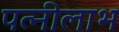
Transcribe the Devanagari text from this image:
पत्नीलाभ